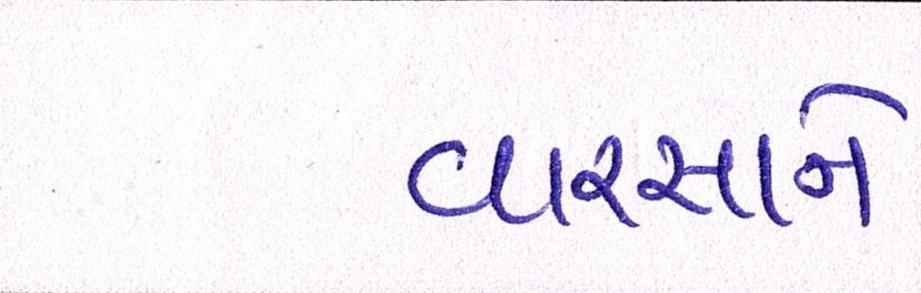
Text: વારસાને